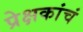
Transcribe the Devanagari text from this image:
प्रेक्षकांचं